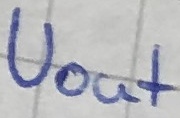
Text: Uout